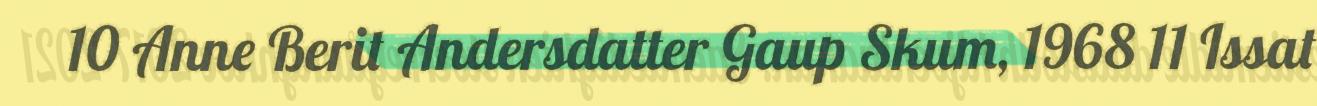
10 Anne Berit Andersdatter Gaup Skum, 1968 11 Issat